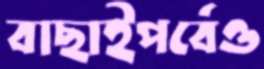
বাছাইপর্বেও